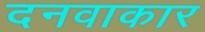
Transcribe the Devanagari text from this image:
दनवाकार